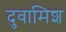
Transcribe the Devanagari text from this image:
दुवामिश